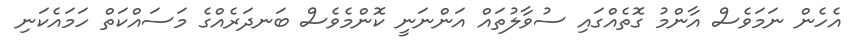
އެހެން ނަމަވެސް އާންމު ގޮތެއްގައި ސުވާލުތައް އަންނަނީ ކޮންމެވެސް ބަނދަރެއްގެ މަސައްކަތް ހަމައެކަނި